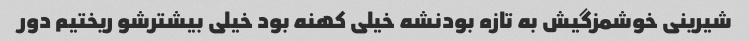
شیرینی خوشمزگیش به تازه بودنشه خیلی کهنه بود خیلی بیشترشو ریختیم دور